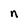
Character: n